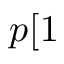
p [ 1